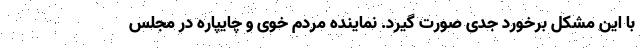
با این مشکل برخورد جدی صورت گیرد. نماینده مردم خوی و چایپاره در مجلس